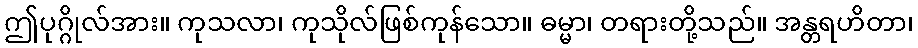
ဤပုဂ္ဂိုလ်အား။ ကုသလာ၊ ကုသိုလ်ဖြစ်ကုန်သော။ ဓမ္မာ၊ တရားတို့သည်။ အန္တရဟိတာ၊